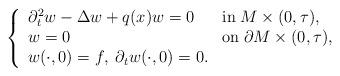
LaTeX: \begin{align*}\left\{\begin{array}{lll} \partial _t^2 w - \Delta w + q(x)w =0 &\mbox{in}\; M \times (0,\tau), \\w = 0 &\mbox{on}\; \partial M \times (0,\tau), \\w(\cdot ,0) = f,\; \partial_t w (\cdot ,0) = 0.\end{array}\right.\end{align*}